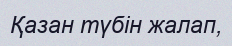
Қазан түбiн жалап,